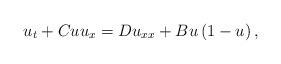
LaTeX: \begin{align*}u_{t}+Cuu_{x}=Du_{xx}+Bu\left(1-u\right),\end{align*}